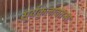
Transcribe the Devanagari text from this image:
सूर्यकुलावतन्स